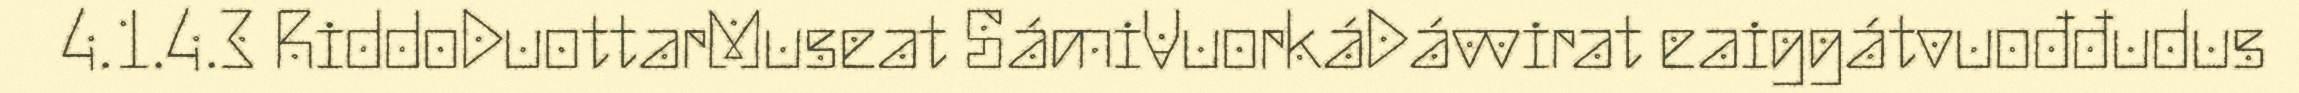
4.1.4.3 RiddoDuottarMuseat SámiVuorkáDávvirat eaiggátvuođđudus